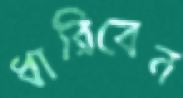
ধারিবেন